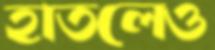
হাতলেও